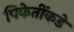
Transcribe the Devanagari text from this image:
पिकेतींकडे